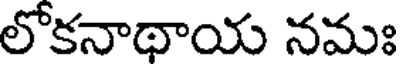
లోకనాథాయ నమః